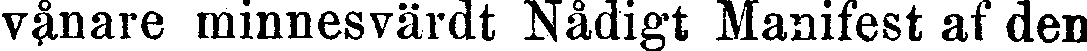
vånare minnesvärdt Nådigt Manifest af den